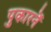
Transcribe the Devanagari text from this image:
पुकारनें